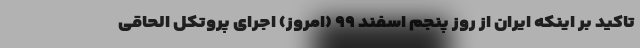
تاکید بر اینکه ایران از روز پنجم اسفند ۹۹ (امروز) اجرای پروتکل الحاقی